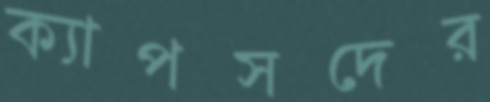
ক্যাপসদের